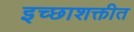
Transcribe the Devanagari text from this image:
इच्छाशक्तीत